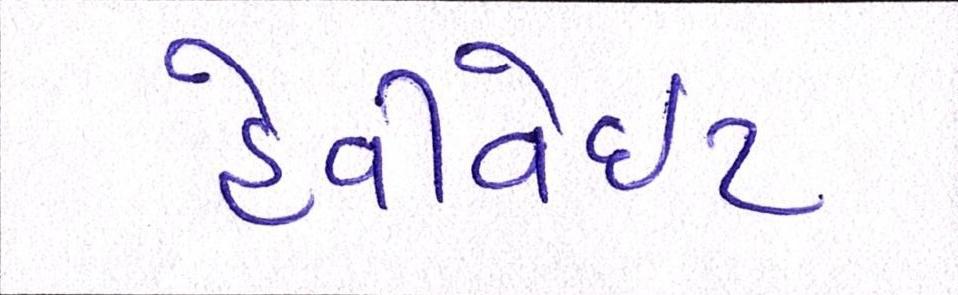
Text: હેવીવેઇટ